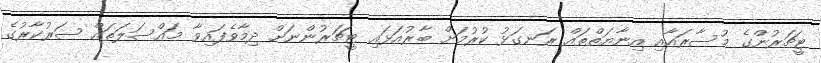
ޓީޗަރުންގެ މުސާރައާއި އިނާޔަތްތައް ރަނގަޅު ކުރުމަށް ބާރުއަޅައި ޓީޗަރުންނަށް ދިމާވެފައިވާ މައްސަލަތައް ސަރުކާރުގެ